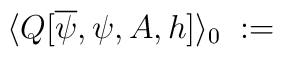
\langle Q[\overline{\psi},\psi,A,h] \rangle_0 \; :=